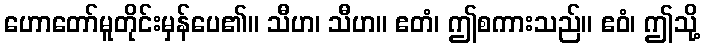
ဟောတော်မူတိုင်းမှန်ပေ၏။ သီဟ၊ သီဟ။ ဧတံ၊ ဤစကားသည်။ ဧဝံ၊ ဤသို့